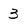
Character: 3